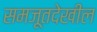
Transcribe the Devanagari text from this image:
समजूतदेखील